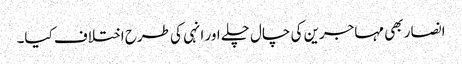
انصار بھی مہاجرین کی چال چلے اور انہی کی طرح اختلاف کیا۔